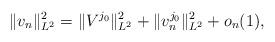
LaTeX: \begin{align*}\|v_n\|^2_{L^2} = \|V^{j_0}\|^2_{L^2} + \|v^{j_0}_n\|^2_{L^2} + o_n(1),\end{align*}